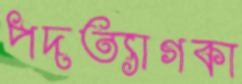
পদত্যাগকা